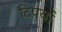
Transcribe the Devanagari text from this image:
टिपर्या